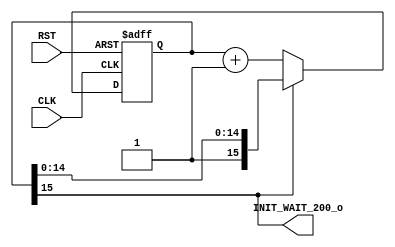
module sdram_200us (
                //  system clock & reset 
				input  CLK,
				input  RST,
							
				//  
				output INIT_WAIT_200_o 	 
			
				); 
	

//=================================================================================================  SIGNAL DEFINITION 
reg    [15 : 0] init_cnt;   //  counter 


//=================================================================================================  IMPLEMENTATION  
//-----------------------------------------------  init_cnt
always @(posedge CLK or posedge RST) 
begin 
	if (RST) 
		init_cnt <= 0; 
	else if (~init_cnt[15])    
		init_cnt <= init_cnt + 1;
end 

//-----------------------------------------------  INIT_WAIT_200_o
assign INIT_WAIT_200_o = init_cnt[15];   //   


endmodule